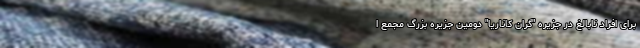
برای افراد نابالغ در جزیره "گران کاناریا" دومین جزیره بزرگ مجمع ا